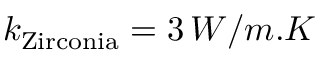
k _ { \mathrm { Z i r c o n i a } } = 3 \, W / m . K